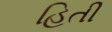
હિતી